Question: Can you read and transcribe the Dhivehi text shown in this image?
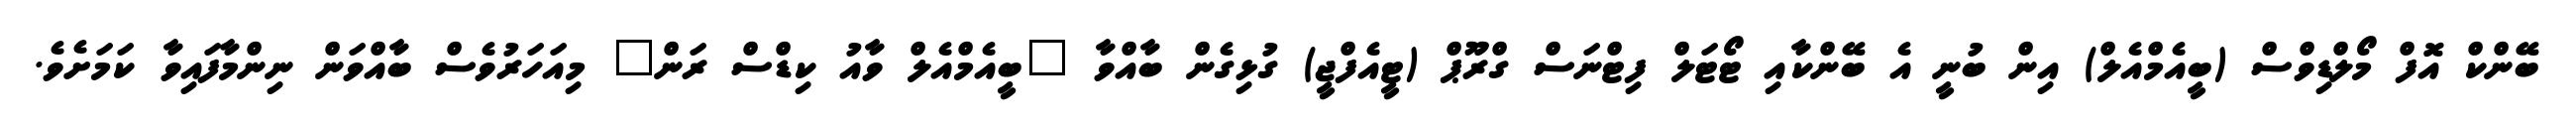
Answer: ބޭންކް އޮފް މޯލްޑިވްސް (ބީއެމްއެލް) އިން ބުނީ އެ ބޭންކާއި ޓޯޓަލް ފިޓްނަސް ގްރޫޕް (ޓީއެފްޖީ) ގުޅިގެން ބާއްވާ "ބީއެމްއެލް ވާއު ކިޑްސް ރަން" މިއަހަރުވެސް ބާއްވަން ނިންމާފައިވާ ކަމަށެވެ.